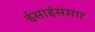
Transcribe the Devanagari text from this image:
ईसाईसंसार